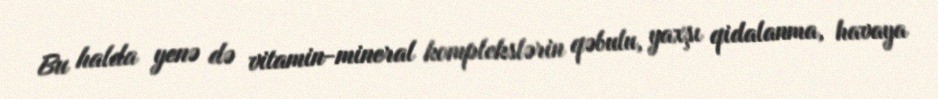
Bu halda yenə də vitamin-mineral komplekslərin qəbulu, yaxşı qidalanma, havaya